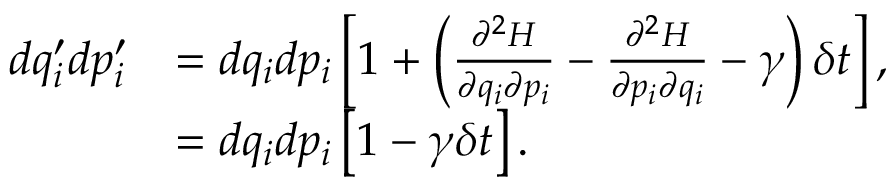
{ \begin{array} { r l } { d q _ { i } ^ { \prime } d p _ { i } ^ { \prime } } & { = d q _ { i } d p _ { i } \left[ 1 + \left( { \frac { \partial ^ { 2 } H } { \partial q _ { i } \partial p _ { i } } } - { \frac { \partial ^ { 2 } H } { \partial p _ { i } \partial q _ { i } } } - \gamma \right) \delta t \right] , } \\ & { = d q _ { i } d p _ { i } \left[ 1 - \gamma \delta t \right] . } \end{array} }